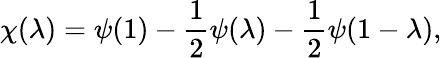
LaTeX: \chi(\lambda)=\psi(1)-{\frac{1}{2}}\psi(\lambda)-{\frac{1}{2}}\psi(1-\lambda),